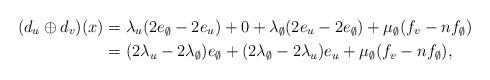
LaTeX: \begin{align*}(d_{u}\oplus d_{v})(x) & = \lambda_{u}(2e_{\emptyset} - 2e_{u}) + 0 + \lambda_{\emptyset}(2e_{u} - 2e_{\emptyset}) + \mu_{\emptyset}(f_{v} - nf_{\emptyset}) \\& = (2\lambda_{u} - 2\lambda_{\emptyset})e_{\emptyset} + (2\lambda_{\emptyset} - 2\lambda_{u})e_{u} + \mu_{\emptyset}(f_{v} - nf_{\emptyset}),\end{align*}